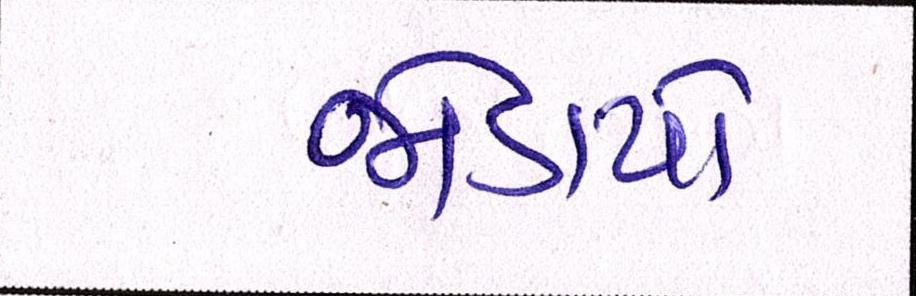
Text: જોડાયો